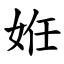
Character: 姙